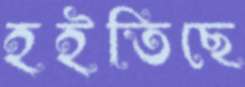
হইতিছে